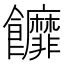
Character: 䭩